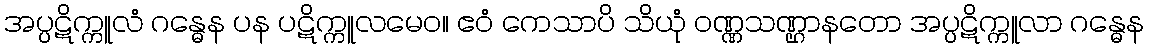
အပ္ပဋိက္ကူလံ ဂန္ဓေန ပန ပဋိက္ကူလမေဝ။ ဧဝံ ကေသာပိ သိယုံ ဝဏ္ဏသဏ္ဌာနတော အပ္ပဋိက္ကူလာ ဂန္ဓေန